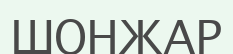
ШОНЖАР